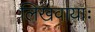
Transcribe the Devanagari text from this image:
लिखवायाः